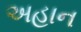
અહાન